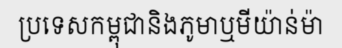
ប្រទេសកម្ពុជានិងភូមាឬមីយ៉ាន់ម៉ា